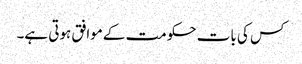
کس کی بات حکومت کےموافق ہوتی ہے۔